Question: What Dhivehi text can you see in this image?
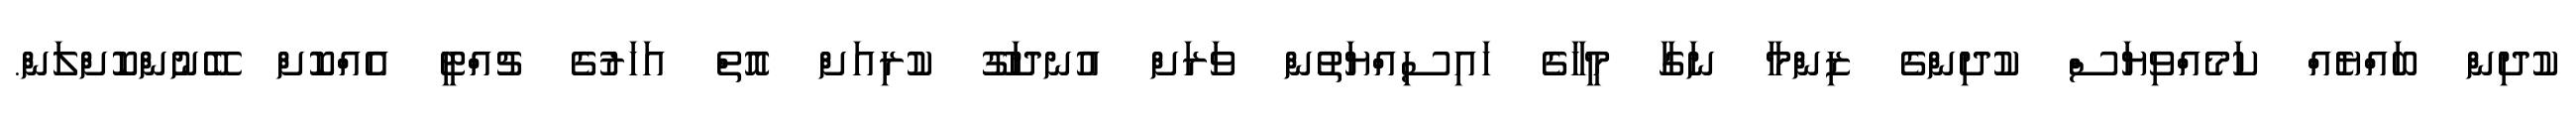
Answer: ކުދިން ބައްޔެއް ކަމެއްވިޔަސް ކުދިންގެ ޒިންމާ ނަގާ މީހާގެ ހައިސިއްޔަތުން ވަރަށް އުނދަގޫ ކުރިއަށް އޮތް އަހަރުގެ ޗުއްޓީ އެއްކޮށް ބޭނުންކޮށްލަން.